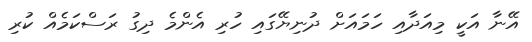
އޭނާ އަކީ މިއަދާއި ހަމައަށް ދުނިޔޭގައި ހުރި އެންމެ ދިގު ރަސްކަމެއް ކުރި